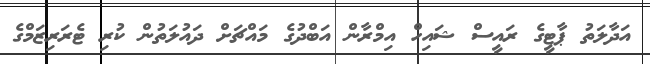
އަދާލަތު ޕާޓީގެ ރައީސް ޝައިހް އިމްރާން އަބްދުގެ މައްޗަށް ދައުލަތުން ކުރި ޓެރަރިޒަމްގެ